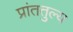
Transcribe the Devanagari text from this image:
प्रांततुल्य